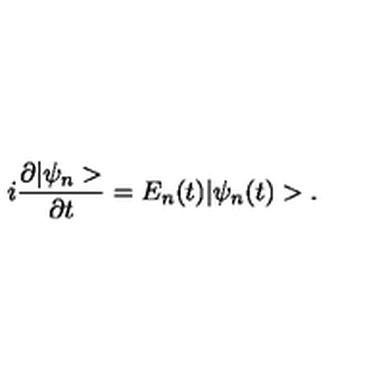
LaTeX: i \frac { \partial | \psi _ { n } > } { \partial t } = E _ { n } ( t ) | \psi _ { n } ( t ) > .